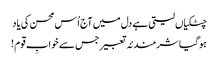
چٹکیاں لیتی ہے دل میں آج اُس محسن کی یاد
ہو گیا شرمندئہ تعبیر جس سے خوابِ قوم !